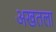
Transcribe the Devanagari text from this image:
अखतला